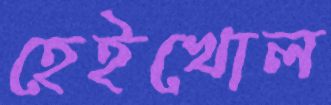
হেইখোল